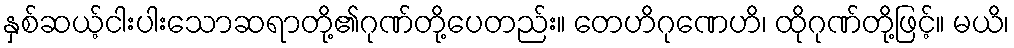
နှစ်ဆယ့်ငါးပါးသောဆရာတို့၏ဂုဏ်တို့ပေတည်း။ တေဟိဂုဏေဟိ၊ ထိုဂုဏ်တို့ဖြင့်။ မယိ၊